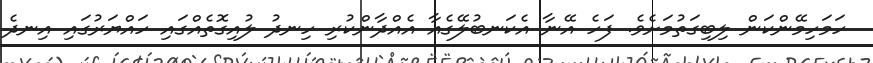
ހަމަހިމޭންކަން ލިބިގަތުމަށެވެ. ފަހެ އޭނާ އެކަނބުލޭގެއާ އެއްދާންކުރި ހިނދު ލުއިގޮތެއްގައި ހައްޔަރުގައި އިނދެ